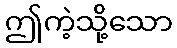
ဤကဲ့သို့သော